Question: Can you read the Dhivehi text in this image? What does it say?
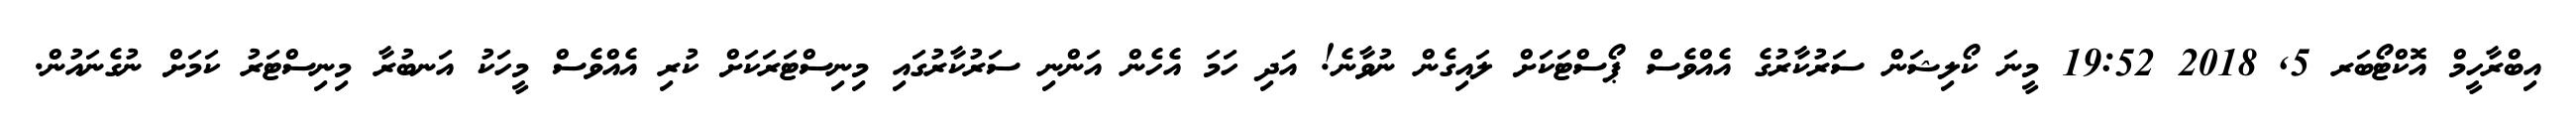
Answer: އިބްރާހީމް އޮކްޓޯބަރ 5, 2018 19:52 މީނަ ކޯލިޝަން ސަރުކާރުގެ އެއްވެސް ޕޯސްޓަކަށް ލައިގެން ނުވާނެ! އަދި ހަމަ އެހެން އަންނި ސަރުކާރުގައި މިނިސްޓަރަކަށް ކުރި އެއްވެސް މީހަކު އަނބުރާ މިނިސްޓަރު ކަމަށް ނުގެނައުން.